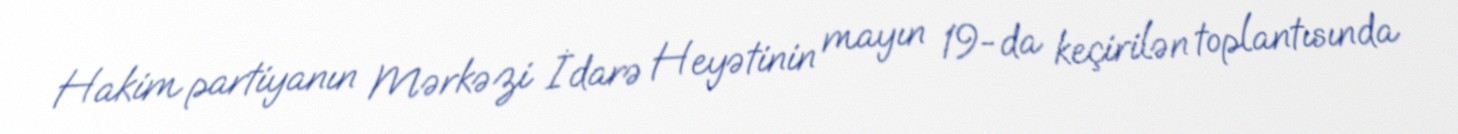
Hakim partiyanın Mərkəzi İdarə Heyətinin mayın 19-da keçirilən toplantısında